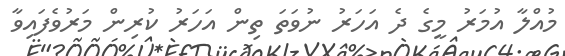
މުއްލާ އުމަރު މީގެ ދެ އަހަރު ނުވަތަ ތިން އަހަރު ކުރިން މަރުވެފައިވާ